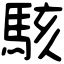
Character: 駭